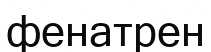
фенатрен